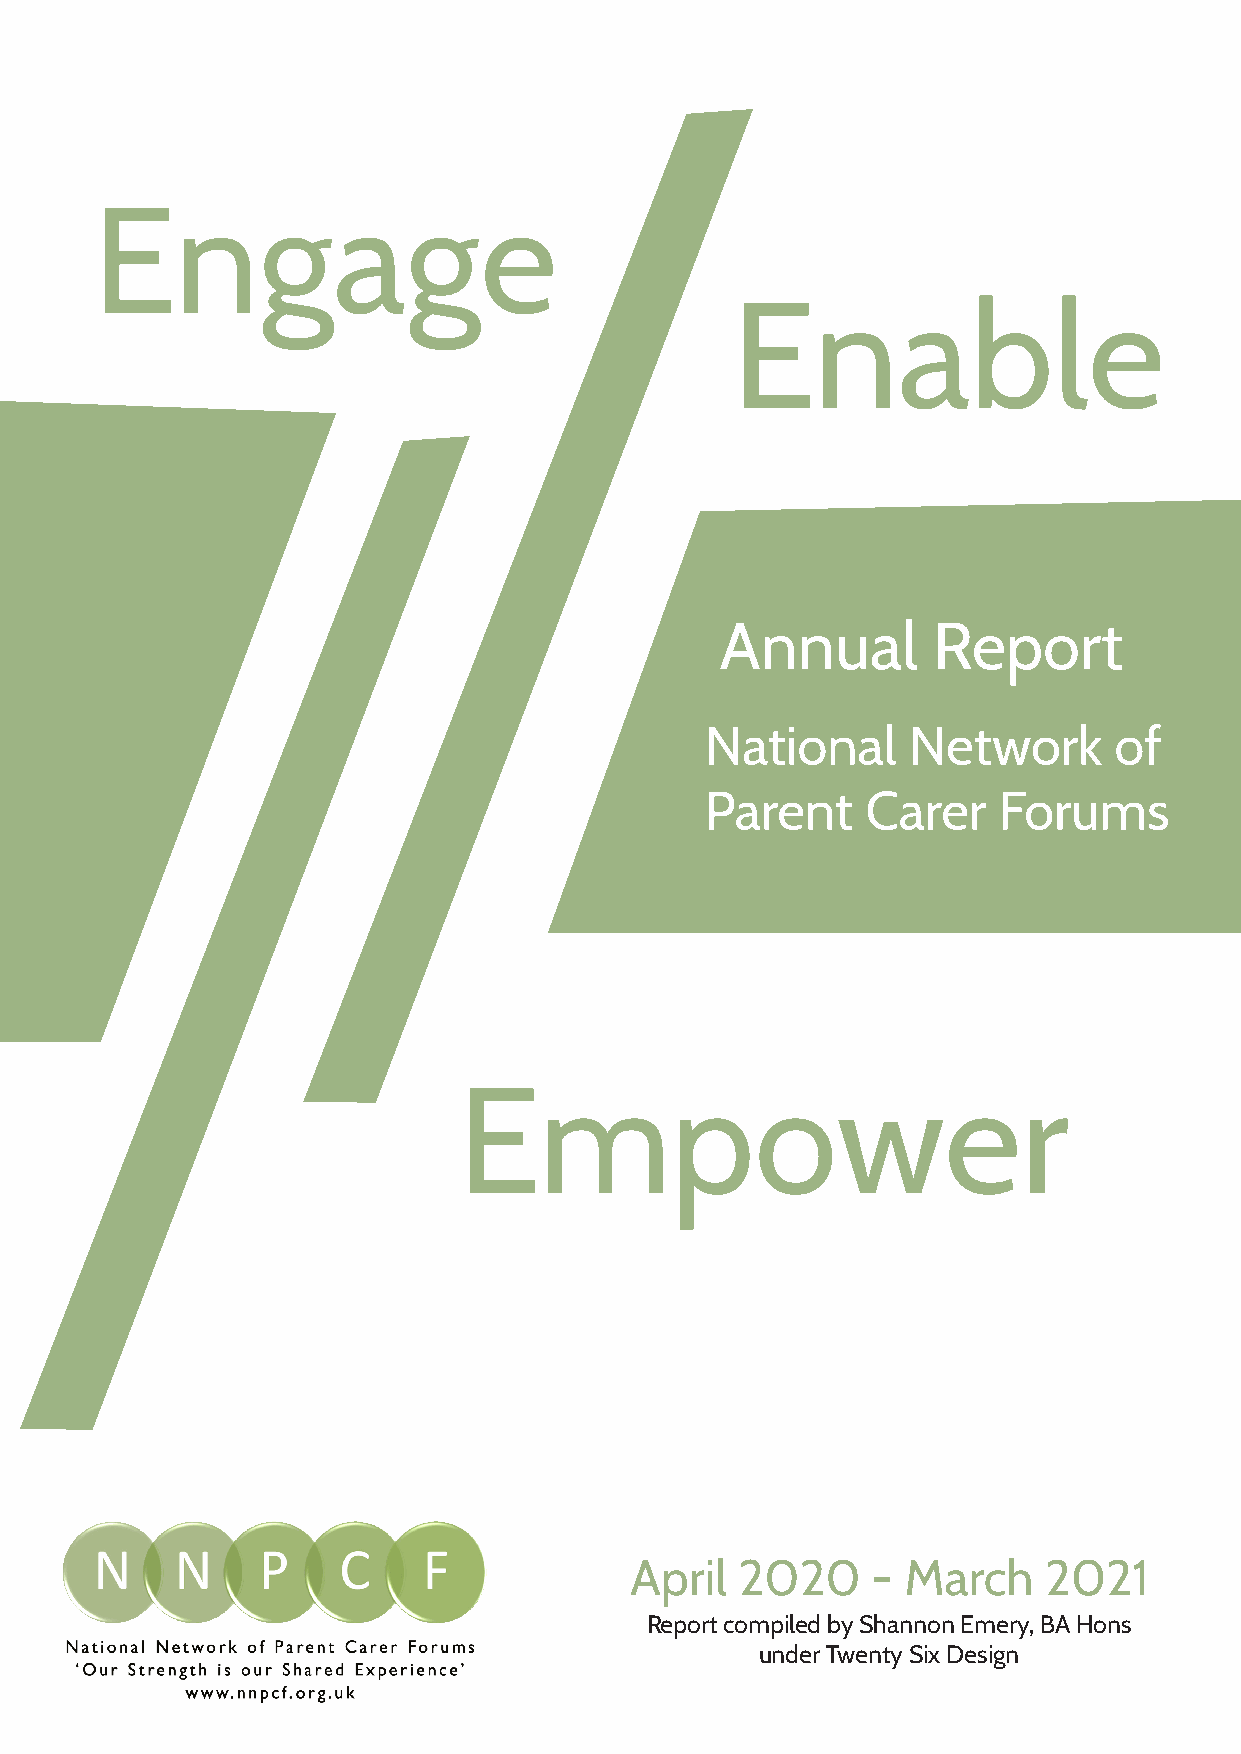
Engage
 Enable
 Annual        Report
 National     Network       of
 Parent    Carer    Forums
 Empower
 April  2020     - March    2021
 Report compiled by Shannon Emery, BA Hons
 under Twenty Six Design